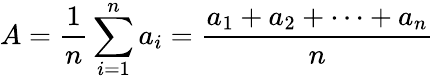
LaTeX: A={\frac{1}{n}}\sum_{i=1}^{n}a_{i}={\frac{a_{1}+a_{2}+\cdots+a_{n}}{n}}